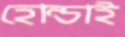
হোন্ডাই